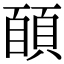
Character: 𩓑